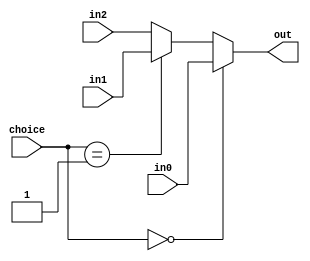
`timescale 1ns / 1ps
module Mux5(
    input[1:0] choice,
    input[4:0] in0,
    input[4:0] in1,
    input[4:0] in2,
    output[4:0] out
);
    assign out= choice==2'b00 ? in0 : (choice==2'b01 ? in1 : in2);
endmodule